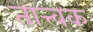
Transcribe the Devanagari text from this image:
तात्त्वक